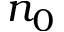
n _ { 0 }